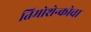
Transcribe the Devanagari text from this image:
तिमोशेन्कोचा